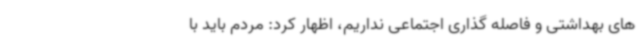
های بهداشتی و فاصله گذاری اجتماعی نداریم، اظهار کرد: مردم باید با